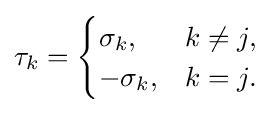
\tau _{k}={\begin{cases}\sigma _{k},&k\neq j,\\-\sigma _{k},&k=j.\end{cases}}